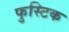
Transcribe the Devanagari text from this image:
फुस्टिक